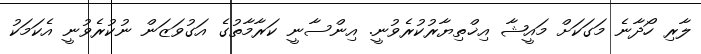
ލާރި ހޯދާނެ މަގަކަށް މައީޝާ އިޚްތިޔާރުކުރެވުނީ. އިންސާނީ ކަރާމާތުގެ އަގުވަޒަން ނުކުރެވުނީ އެކަމަކު